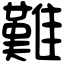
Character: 難